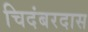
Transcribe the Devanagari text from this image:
चिदंबरदास